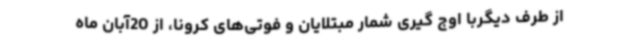
از طرف دیگربا اوج گیری شمار مبتلایان و فوتی‌های کرونا، از 20آبان ماه